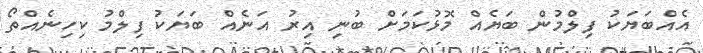
އެއްބަޔަކު ފިލްމުން ބަޔެއް މޮޅުކަމަށް ބުނި އިރު އަނެއް ބަޔަކު ފިލްމު ކިހިނެއްތޯ